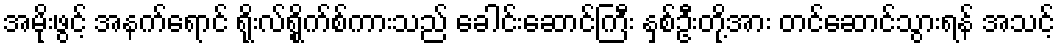
အမိုးဖွင့် အနက်ရောင် ရိုးလ်ရွိုက်စ်ကားသည် ခေါင်းဆောင်ကြီး နှစ်ဦးတို့အား တင်ဆောင်သွားရန် အသင့်